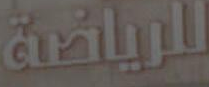
للرياضة